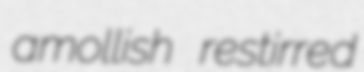
amollish restirred